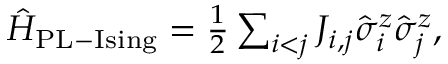
\begin{array} { r } { \hat { H } _ { \mathrm { { P L - I s i n g } } } = \frac { 1 } { 2 } \sum _ { i < j } J _ { i , j } \hat { \sigma } _ { i } ^ { z } \hat { \sigma } _ { j } ^ { z } , } \end{array}